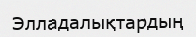
Элладалықтардың